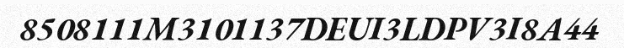
8508111M3101137DEUI3LDPV3I8A44